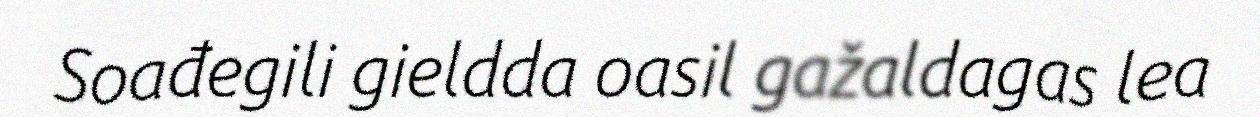
Soađegili gieldda oasil gažaldagas lea